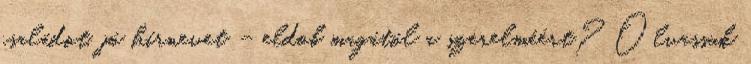
családot, jó hírnevet – eldob magától a szerelméért? Olvassuk